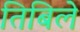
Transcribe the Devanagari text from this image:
तिबिले